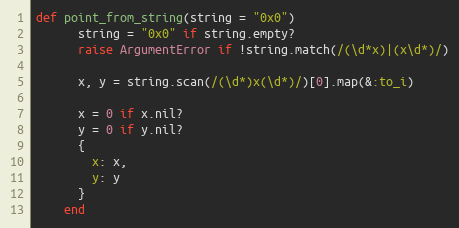
Language: Ruby
def point_from_string(string = "0x0")
      string = "0x0" if string.empty?
      raise ArgumentError if !string.match(/(\d*x)|(x\d*)/)

      x, y = string.scan(/(\d*)x(\d*)/)[0].map(&:to_i)

      x = 0 if x.nil?
      y = 0 if y.nil?
      {
        x: x,
        y: y
      }
    end